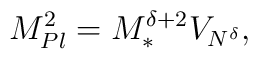
M_{Pl}^{2}= M_{\ast}^{\delta + 2}V_{N^{\delta}},